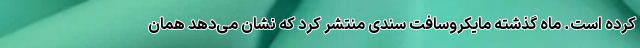
کرده است. ماه گذشته مایکروسافت سندی منتشر کرد که نشان می‌دهد همان